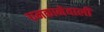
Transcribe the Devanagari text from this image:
धमकानेवाली